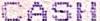
CASH